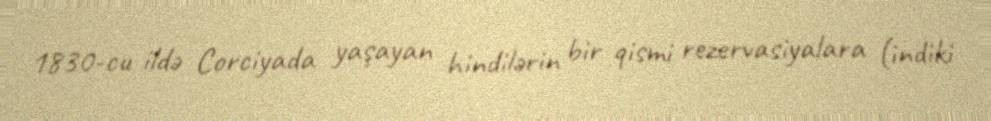
1830-cu ildə Corciyada yaşayan hindilərin bir qismi rezervasiyalara (indiki